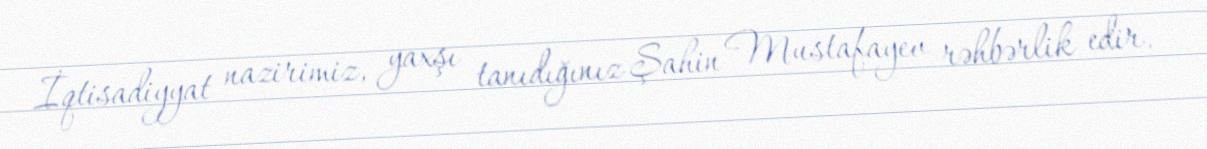
İqtisadiyyat nazirimiz, yaxşı tanıdığınız Şahin Mustafayev rəhbərlik edir.